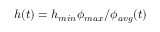
h ( t ) = h _ { m i n } \phi _ { m a x } / \phi _ { a v g } ( t )